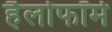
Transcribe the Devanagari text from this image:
हैलोफॉर्म